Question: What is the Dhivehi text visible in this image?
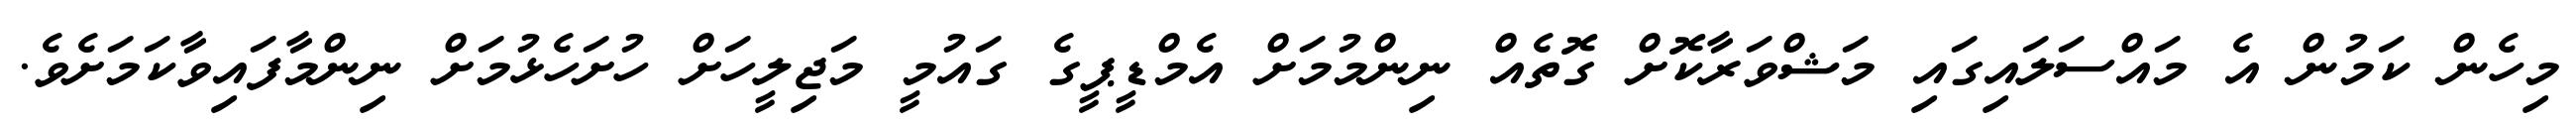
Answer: މިހެން ކަމުން އެ މައްސަލައިގައި މަޝްވަރާކޮށް ގޮތެއް ނިންމުމަށް އެމްޑީޕީގެ ގައުމީ މަޖިލީހަށް ހުށަހެޅުމަށް ނިންމާފައިވާކަމަށެވެ.